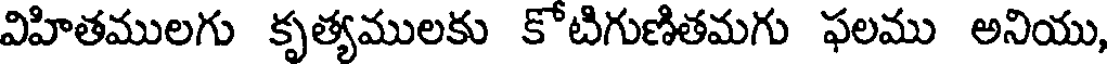
విహితములగు కృత్యములకు కోటిగుణితమగు ఫలము అనియు,